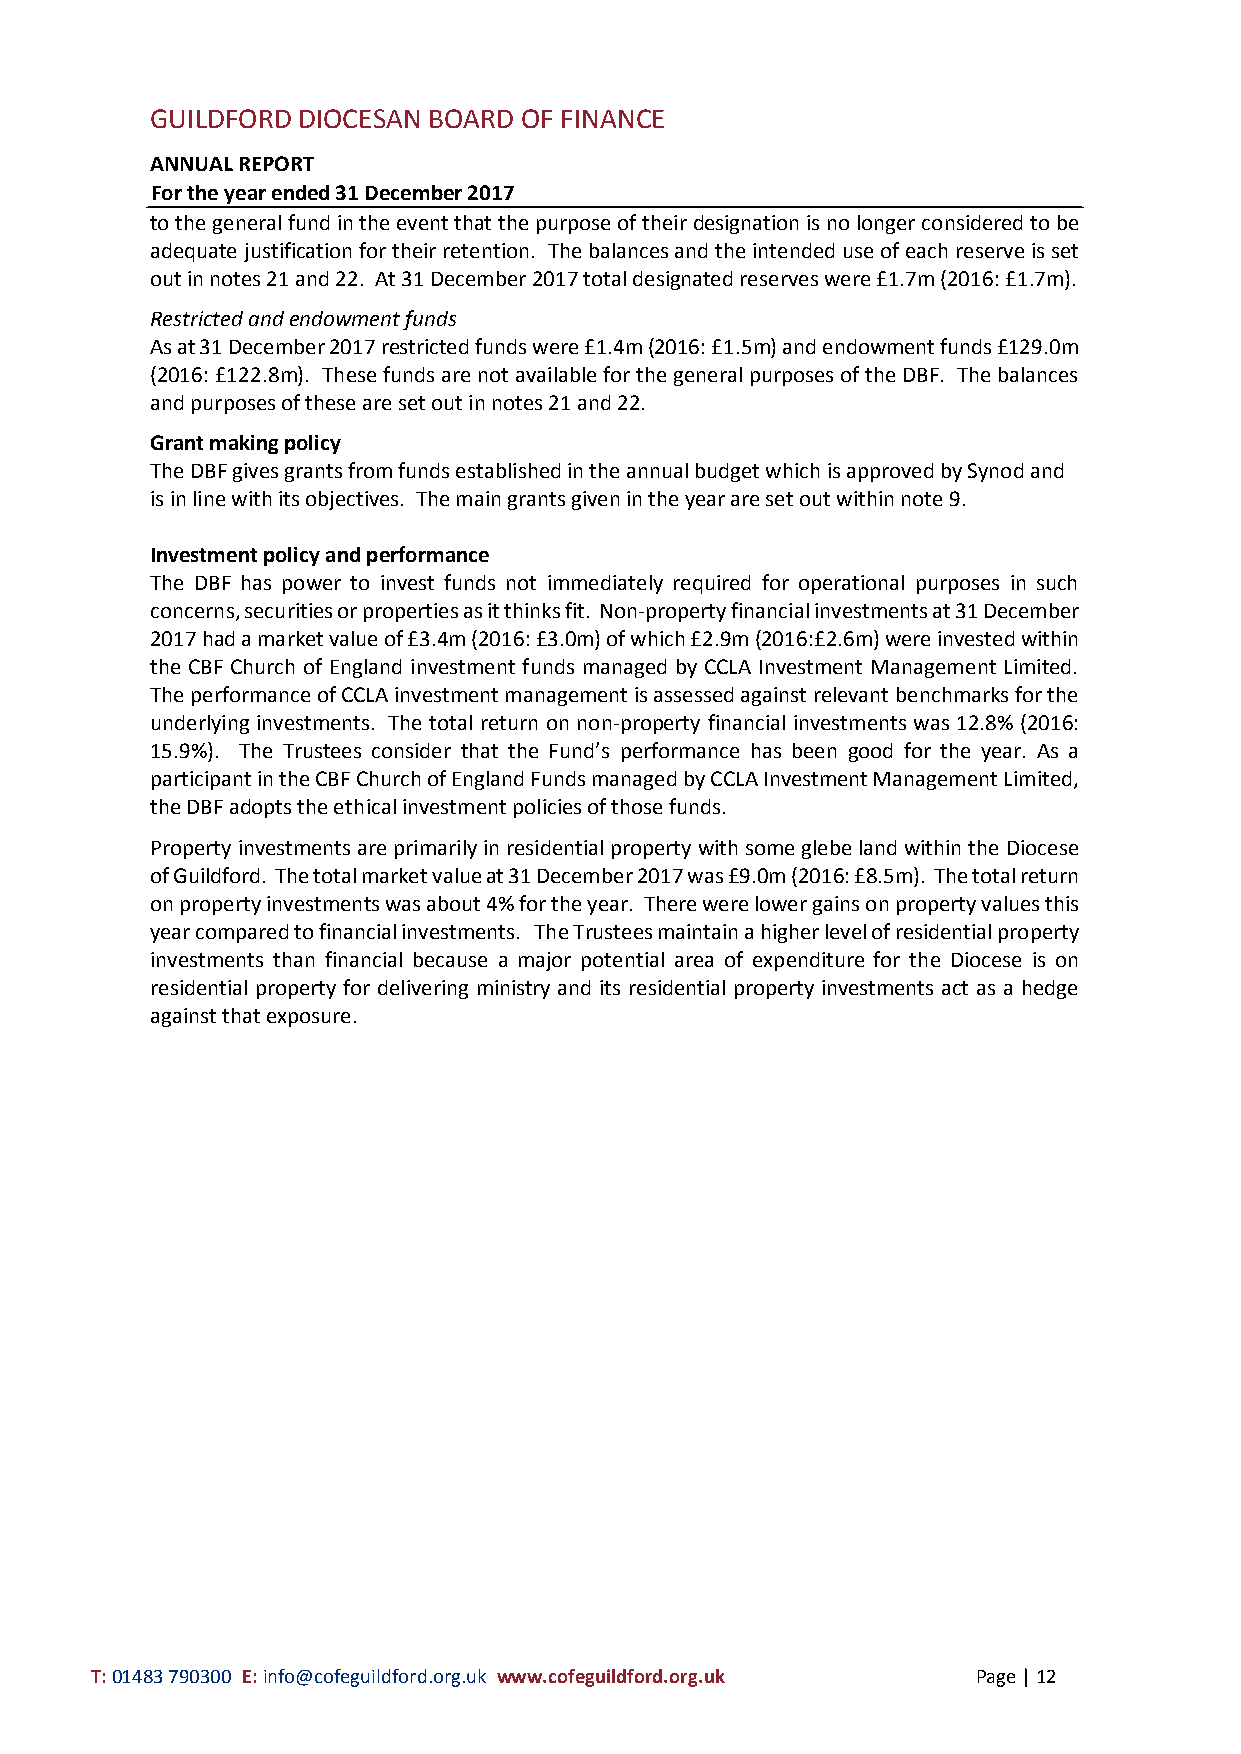
GUILDFORD DIOCESAN BOARD OF FINANCE
 ANNUAL REPORT
 For the year ended 31 December 2017
 to the general fund in the event that the purpose of their designation is no longer considered to be
 adequate justification for their retention. The balances and the intended use of each reserve is set
 out in notes 21 and 22. At 31 December 2017 total designated reserves were £1.7m (2016: £1.7m).
 Restricted and endowment funds
 As at 31 December 2017 restricted funds were £1.4m (2016: £1.5m) and endowment funds £129.0m
 (2016: £122.8m). These funds are not available for the general purposes of the DBF. The balances
 and purposes of these are set out in notes 21 and 22.
 Grant making policy
 The DBF gives grants from funds established in the annual budget which is approved by Synod and
 is in line with its objectives. The main grants given in the year are set out within note 9.
 Investment policy and performance
 The DBF has power to invest funds not immediately required for operational purposes in such
 concerns, securities or properties as it thinks fit. Non-property financial investments at 31 December
 2017 had a market value of £3.4m (2016: £3.0m) of which £2.9m (2016:£2.6m) were invested within
 the CBF Church of England investment funds managed by CCLA Investment Management Limited.
 The performance of CCLA investment management is assessed against relevant benchmarks for the
 underlying investments. The total return on non-property financial investments was 12.8% (2016:
 15.9%). The Trustees consider that the Fund’s performance has been good for the year. As a
 participant in the CBF Church of England Funds managed by CCLA Investment Management Limited,
 the DBF adopts the ethical investment policies of those funds.
 Property investments are primarily in residential property with some glebe land within the Diocese
 of Guildford. The total market value at 31 December 2017 was £9.0m (2016: £8.5m). The total return
 on property investments was about 4% for the year. There were lower gains on property values this
 year compared to financial investments. The Trustees maintain a higher level of residential property
 investments than financial because a major potential area of expenditure for the Diocese is on
 residential property for delivering ministry and its residential property investments act as a hedge
 against that exposure.
 T: 01483 790300 E: info@cofeguildford.org.uk www.cofeguildford.org.uk Page | 12